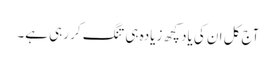
آج کل ان کی یاد کچھ زیادہ ہی تنگ کر رہی ہے۔